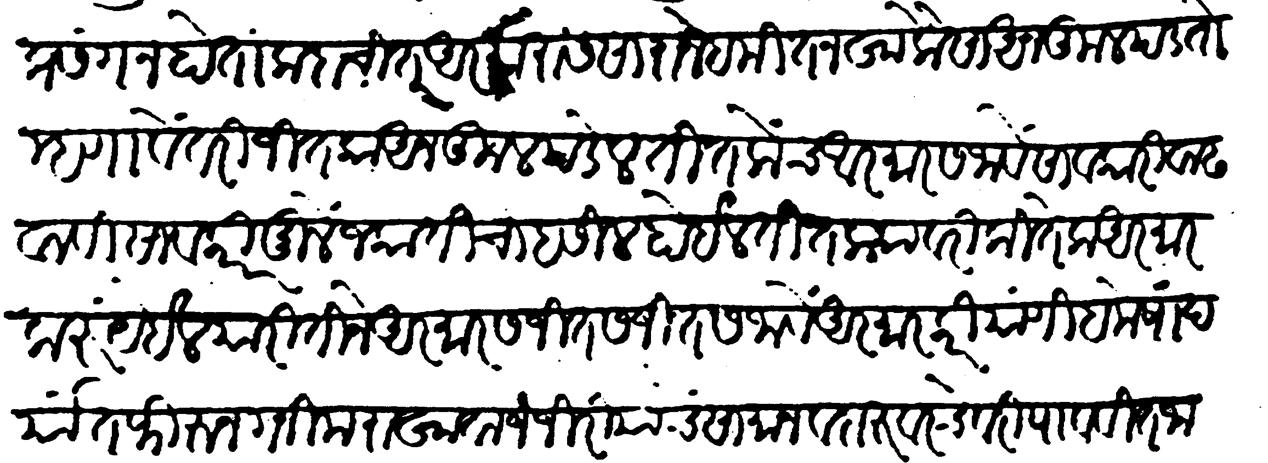
Transliteration (Devanagari): प्रसंग न होता कदाचित आरमारास सारा नेहमी तनखा कैसा अनुकूल पडतो म्हणावें तरी जितका अनुकूल पडेल तितकेंच आरमार सजावे सावकारी वाढवावी सावकारीमुळें जकातीचा हसील होईल तितक्यावरी कितेक आरमार
करूं येईल या रीतीने आरमार सजीत सजीत सजावें आरमारकरी यांणी हमेशा दर्यात फिरुन गनीम राखावा जजिरियाचें सामान व दारु वरचेवरी पाववीत जावी